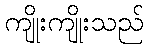
ကျိုးကျိုးသည်